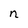
Character: n